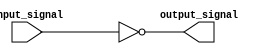
module inverter_buffer (
    input wire input_signal,
    output wire output_signal
);

assign output_signal = ~input_signal;

endmodule